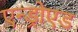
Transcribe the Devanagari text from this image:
एन्ड्रोएड